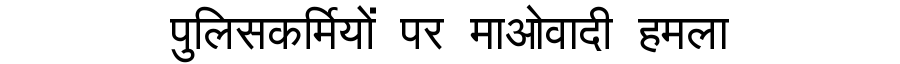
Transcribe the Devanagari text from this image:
पुलिसकर्मियों पर माओवादी हमला